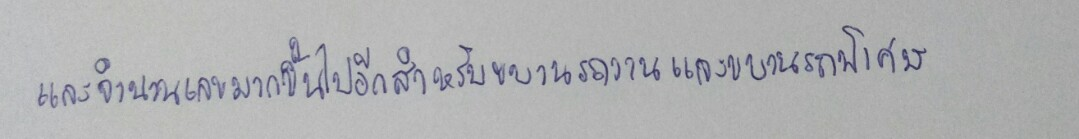
และจำนวนเลขมากขึ้นไปอีกสำหรับขบวนรถงานและขบวนรถพิเศษ